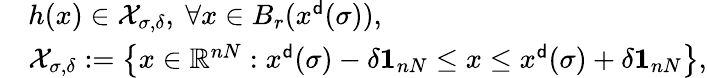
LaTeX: \begin{array}{rl}&{h(x)\in{\mathcal X}_{\sigma,\delta},\ \forall x\in B_{r}(x^{\sf d}(\sigma)),}\\ &{{\mathcal X}_{\sigma,\delta}:=\left\{ x\in{\mathbb R}^{nN}:x^{\sf d}(\sigma)-\delta{\mathbf 1}_{nN}\le x\le x^{\sf d}(\sigma)+\delta{\mathbf 1}_{nN}\right\} ,}\end{array}